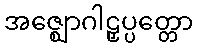
အဇ္ဈောဂါဠှပ္ပတ္တော